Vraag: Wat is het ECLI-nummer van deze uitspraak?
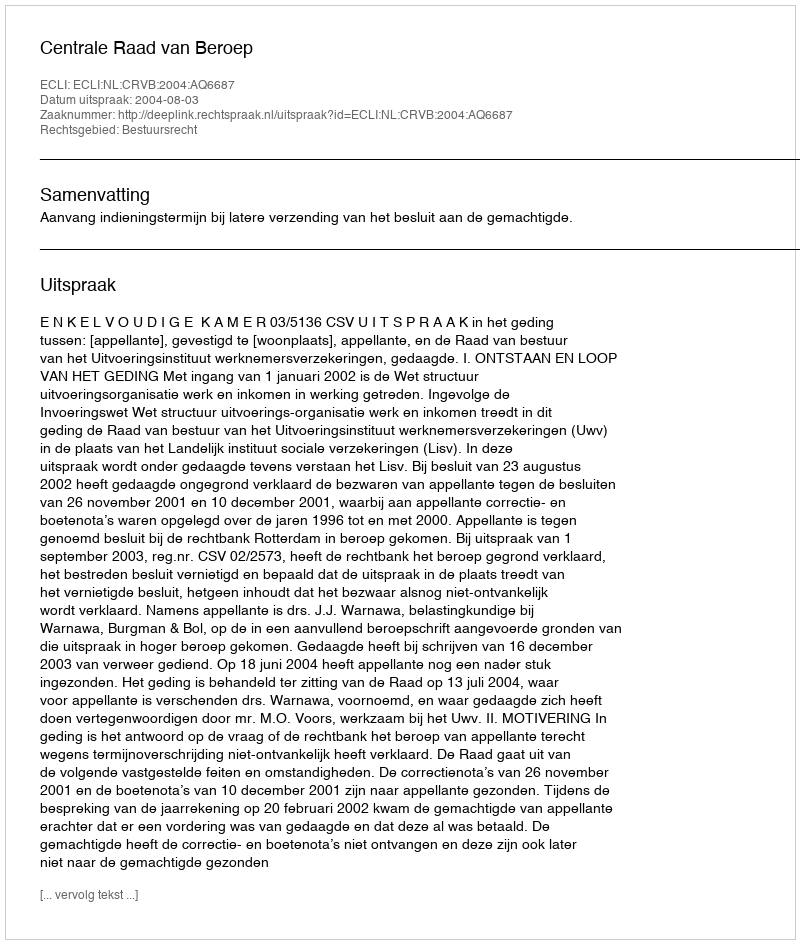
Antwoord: ECLI:NL:CRVB:2004:AQ6687